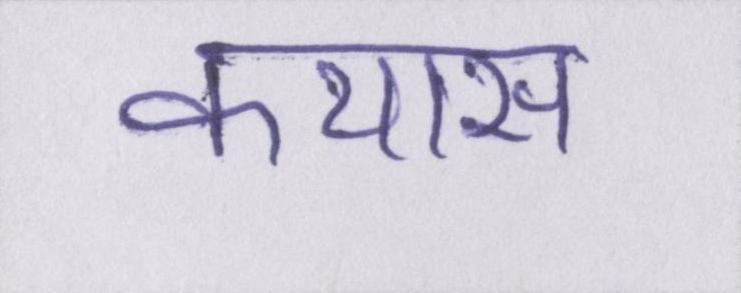
कयास